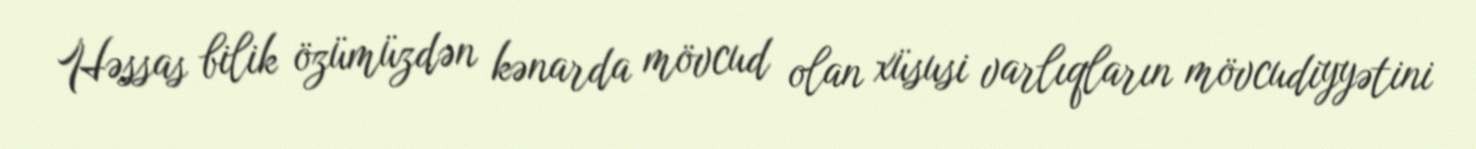
Həssas bilik özümüzdən kənarda mövcud olan xüsusi varlıqların mövcudiyyətini